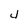
Character: 4